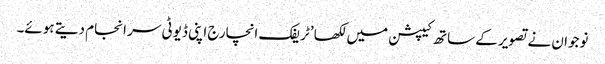
نوجوان نے تصویر کے ساتھ کیپشن میں لکھا ’ٹریفک انچارج اپنی ڈیوٹی سر انجام دیتے ہوئے۔